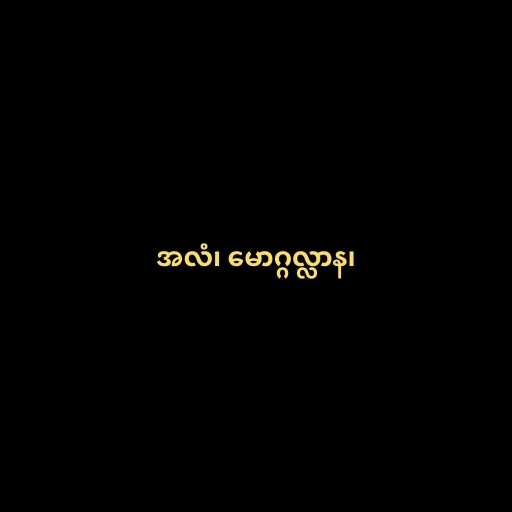
အလံ၊ မောဂ္ဂလ္လာန၊